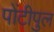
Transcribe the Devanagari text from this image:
पोंटीपुल